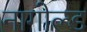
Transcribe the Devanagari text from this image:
नागोल्ड